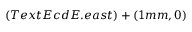
( T e x t E c d E . e a s t ) + ( 1 m m , 0 )